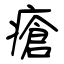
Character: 瘡